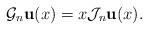
LaTeX: \begin{align*}\mathcal{G}_n\mathbf{u}(x)=x\mathcal{J}_n\mathbf{u}(x).\end{align*}